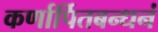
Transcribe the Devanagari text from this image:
कर्णार्पितबन्धनं